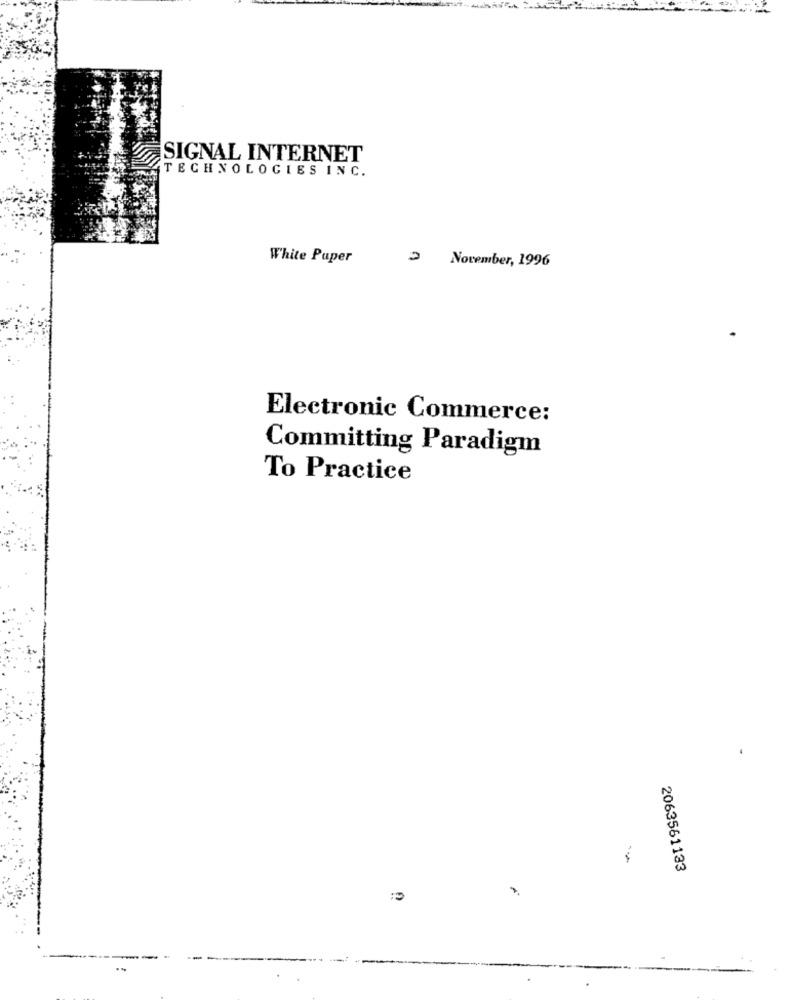
SIGNAL INTERNET
TECHNOLOGIES INC.
White Paper
2 November, 1996
Electronic Commerce:
Committing Paradigm
To Practice
2063561133